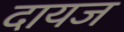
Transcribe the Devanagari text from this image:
दायज